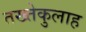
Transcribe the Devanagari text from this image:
तख्तेकुलाह